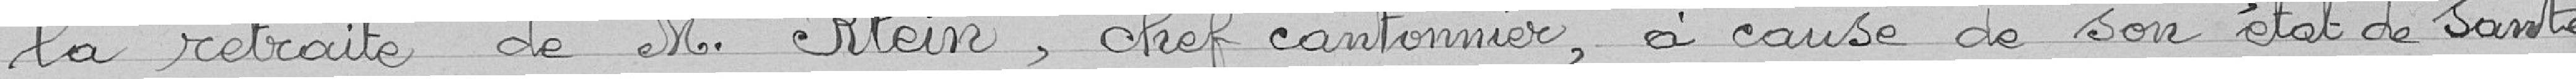
la retraite de M. Klein, chef cantonnier, à cause de son état de santé.